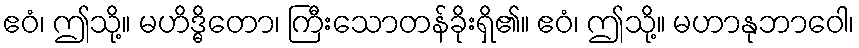
ဧဝံ၊ ဤသို့။ မဟိဒ္ဓိတော၊ ကြီးသောတန်ခိုးရှိ၏။ ဧဝံ၊ ဤသို့။ မဟာနုဘာဝေါ၊